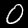
Digit: 0